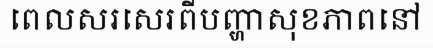
ពេលសរសេរពីបញ្ហាសុខភាពនៅ